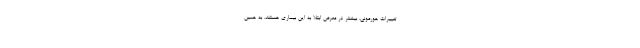
تغییرات هورمونی، بیشتر در معرض ابتلا به این بیماری هستند. به همین